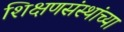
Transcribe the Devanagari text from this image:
शिक्षणसंस्थांच्या